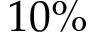
1 0 \%